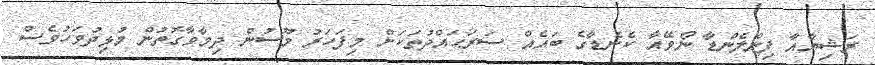
ރަޝިޔާއާ ފިންލެންޑާ ނޯވޭއާ ކެނެޑާގެ ބައެއް ސަރަޙައްދުތަކަށް މިފަހަރު މޫސުން ދިމާވާގޮތުން މުޅިދުވަހުވެސް